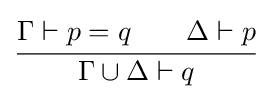
{\cfrac {\Gamma \vdash p=q\qquad \Delta \vdash p}{\Gamma \cup \Delta \vdash q}}